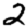
Digit: 2